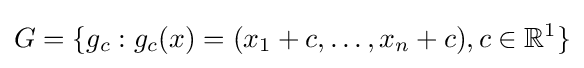
G=\{g_{c}:g_{c}(x)=(x_{1}+c,\dots ,x_{n}+c),c\in \mathbb {R} ^{1}\}